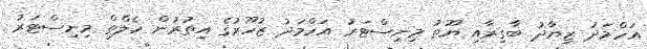
އަހްމަދު ޒިޔާދު ބާގިރާއި ޔޫތު މިނިސްޓަރު އަހްމަދު ޒުހޫރުގެ އިތުރުން ހެލްތް މިނިސްޓަރު